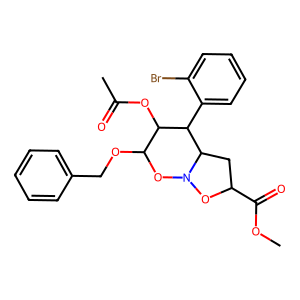
SMILES: COC(=O)C1CC2C(c3ccccc3Br)C(OC(C)=O)C(OCc3ccccc3)ON2O1
Inhibits HIV replication: No